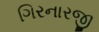
ગિરનારજી